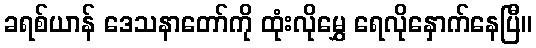
ခရစ်ယာန် ဒေသနာတော်ကို ထုံးလိုမွှေ ရေလိုနှောက်နေပြီ။